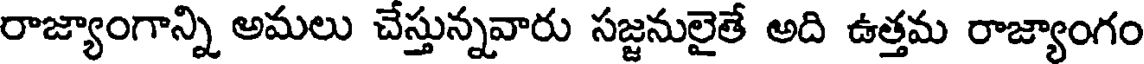
రాజ్యాంగాన్ని అమలు చేస్తున్నవారు సజ్జనులైతే అది ఉత్తమ రాజ్యాంగం